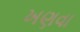
ખણવા